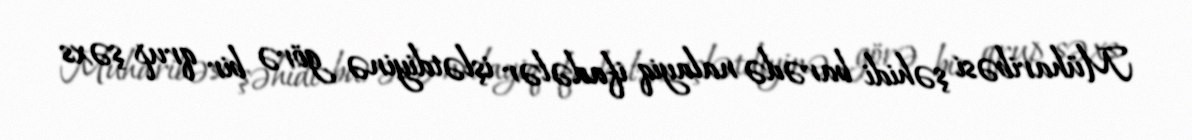
Müharibəsi şəhidi barədə nalayiq ifadələr işlətdiyinə görə bir qrup şəxs